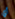
أي